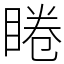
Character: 睠